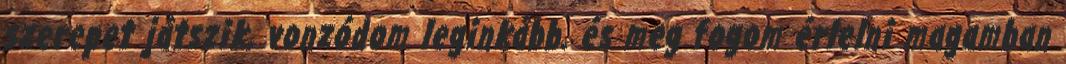
szerepet játszik, vonzódom leginkább. és meg fogom érlelni magamban